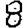
Digit: 8